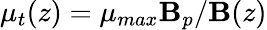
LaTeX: \mu_{t}(z)=\mu_{max}\mathbf{B}_{p}/\mathbf{B}(z)